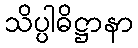
သိပ္ပါဓိဋ္ဌာနာ